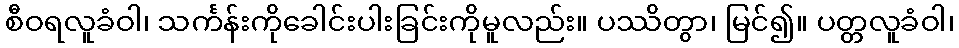
စီဝရလူခံဝါ၊ သင်္ကန်းကိုခေါင်းပါးခြင်းကိုမူလည်း။ ပဿိတွာ၊ မြင်၍။ ပတ္တလူခံဝါ၊